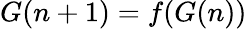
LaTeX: G(n+1)=f(G(n))